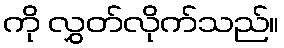
ကို လွှတ်လိုက်သည်။